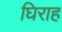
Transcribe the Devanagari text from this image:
घिराह